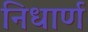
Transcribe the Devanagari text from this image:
निधार्ण